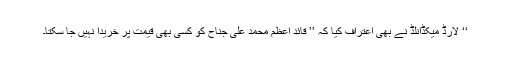
‘‘ لارڈ میکڈانلڈ نے بھی اعتراف کیا کہ ’’ قائدِ اعظم محمد علی جناح کو کسی بھی قیمت پر خریدا نہیں جا سکتا۔